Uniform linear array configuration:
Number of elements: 32
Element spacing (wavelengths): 0.75
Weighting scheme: hann
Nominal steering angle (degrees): -60
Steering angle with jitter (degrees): -60.836
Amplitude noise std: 0.05
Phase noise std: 0.05

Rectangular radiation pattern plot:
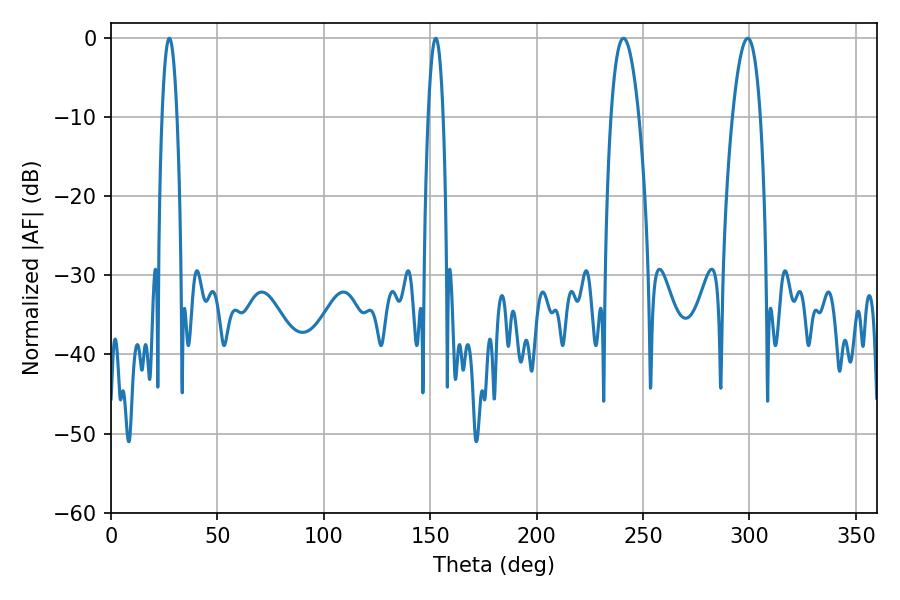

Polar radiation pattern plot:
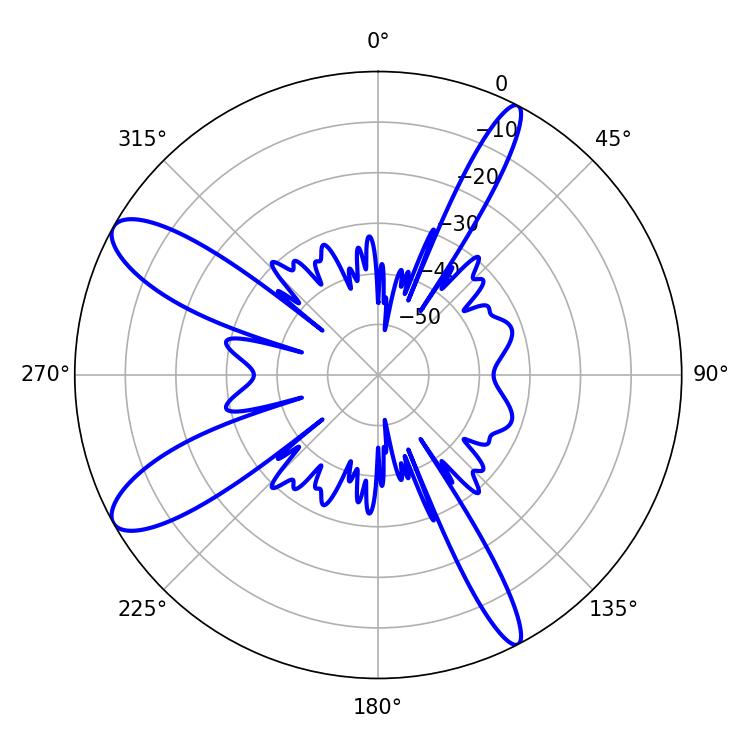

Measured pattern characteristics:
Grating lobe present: TRUE
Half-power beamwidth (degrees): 7.2
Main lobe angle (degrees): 240.84